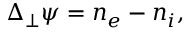
\begin{array} { r } { \Delta _ { \perp } \psi = n _ { e } - n _ { i } , } \end{array}